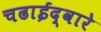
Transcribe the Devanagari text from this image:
चढाईद्वारे